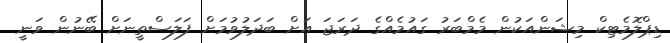
ޑިޕްލޮމެޓިކް މިޝަންއަކުން މެމްބަރު ގައުމެއްގެ ދަރަޖަ އަށް ބަދަލުވުމަށް ފަލަސްތީނަށް ބޭނުން ވަނީ